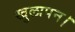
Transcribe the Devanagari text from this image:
खुलापन।